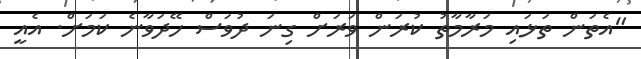
"އެތަން ތަޅައި މަރާމާތު ކުރަން ވަރަށް ގިނަ ދުވަސް ހޭދަވާނެ ކަމަށް. އެއީ